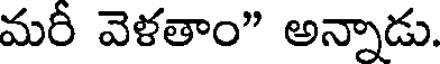
మరీ వెళతాం" అన్నాడు.